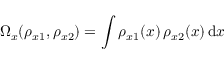
\Omega _ { x } ( \rho _ { x 1 } , \rho _ { x 2 } ) = \int { \rho _ { x 1 } ( x ) \, \rho _ { x 2 } ( x ) \, \mathrm { d } x }